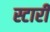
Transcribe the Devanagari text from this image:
स्टारी